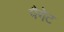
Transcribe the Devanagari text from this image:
पैगेट